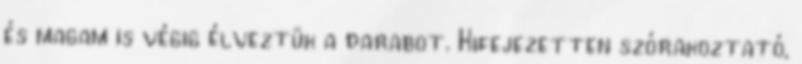
és magam is végig élveztük a darabot. Kifejezetten szórakoztató,